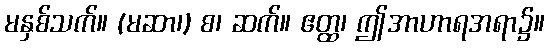
မနှစ်သက်။ (မဆာ၊) စ၊ ဆက်။ ဧတ္ထ၊ ဤအာဟာရအရာ၌။